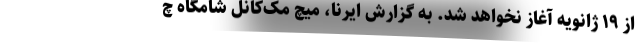
از ۱۹ ژانویه آغاز نخواهد شد. به گزارش ایرنا، میچ مک‌کانل شامگاه چ